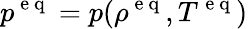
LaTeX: p^{\mathrm{~e~q~}}=p(\rho^{\mathrm{~e~q~}},T^{\mathrm{~e~q~}})